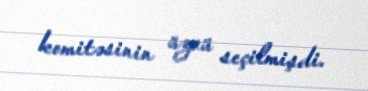
komitəsinin üzvü seçilmişdi.